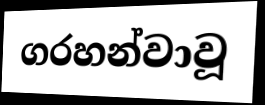
ගරහන්වාවූ